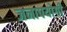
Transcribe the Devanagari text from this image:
जनापयोगी